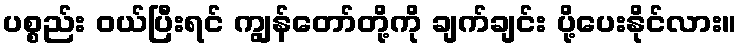
ပစ္စည်း ဝယ်ပြီးရင် ကျွန်တော်တို့ကို ချက်ချင်း ပို့ပေးနိုင်လား။